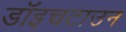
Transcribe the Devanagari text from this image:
डॉइचटाउन